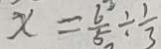
x = \frac { 6 } { 5 } \div \frac { 1 } { 3 }